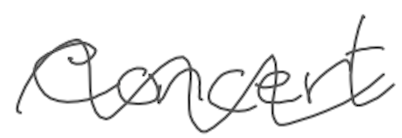
Text: concert
Cross-out: wave
Writing tool: digital_gray